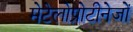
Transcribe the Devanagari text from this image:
मेटेलोप्रोटीनेजों